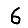
Digit: 6